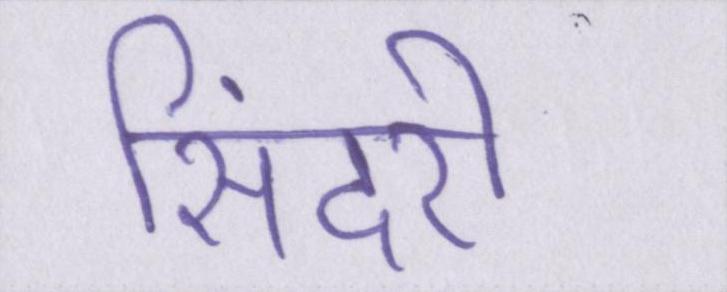
सिंदरी